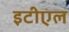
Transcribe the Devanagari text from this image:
इटीएल